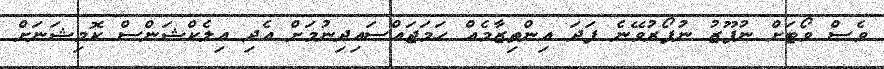
ވެސް ވޯޓަށް ނުފޫޒު ނުފޯރުވޭނެ ފަދަ އިންތިޒާމެއް ހަމަޖައްސައިދިނުމަށް އެދި އިލެކްޝަންސް ކޮމިޝަނަށް